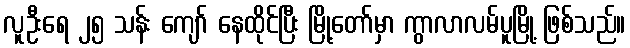
လူဦးရေ ၂၅ သန်း ကျော် နေထိုင်ပြီး မြို့တော်မှာ ကွာလာလမ်ပူမြို့ ဖြစ်သည်။